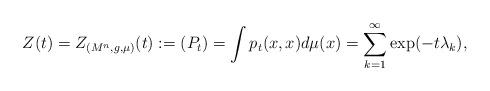
LaTeX: \begin{align*}Z(t) = Z_{(M^n,g,\mu)}(t) := (P_t) = \int p_t(x,x) d\mu(x) = \sum_{k=1}^\infty \exp(- t \lambda_k) ,\end{align*}